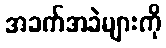
အခက်အခဲများကို